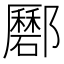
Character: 𨟟